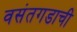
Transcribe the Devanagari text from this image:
वसंतगडाची